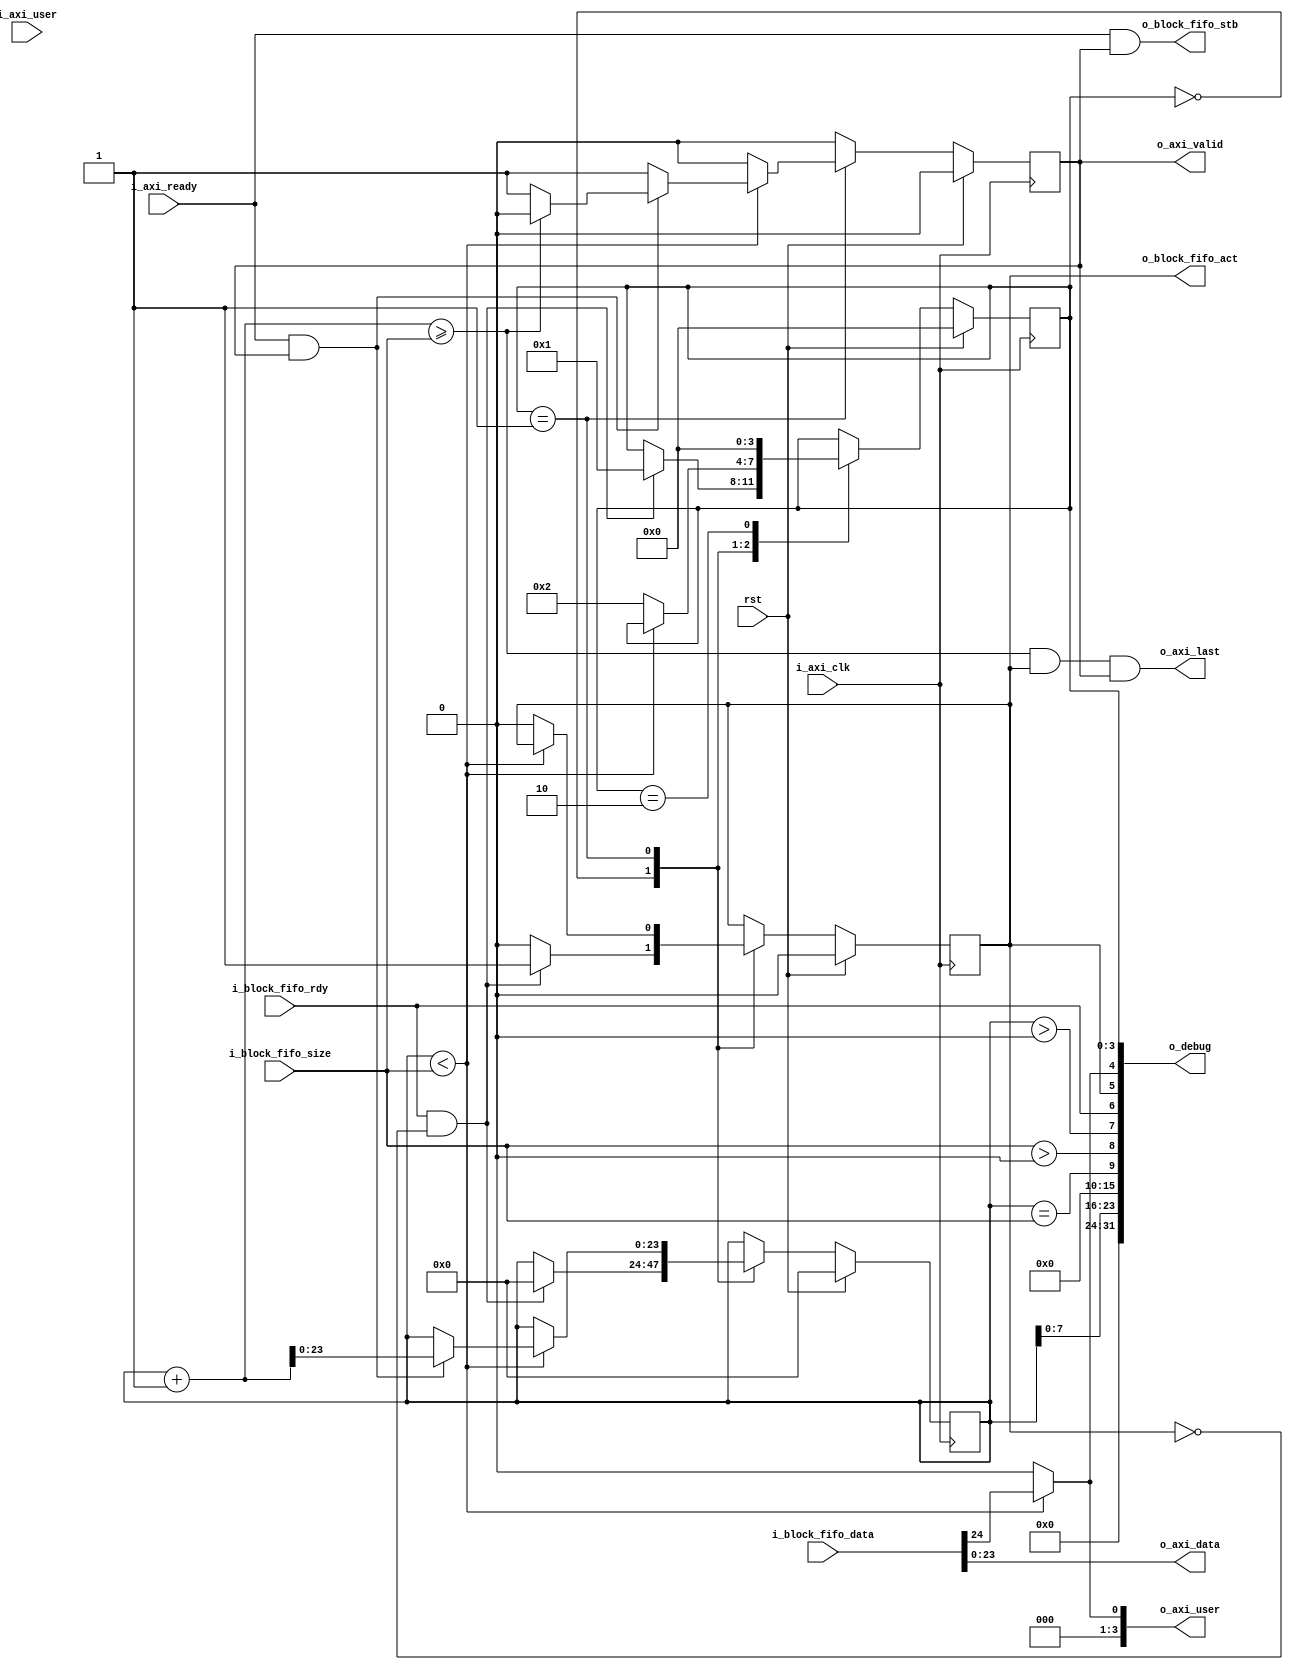
module adapter_block_fifo_2_axi_stream #(
  parameter                                     DATA_WIDTH          = 24,
  parameter                                     STROBE_WIDTH        = DATA_WIDTH / 8,
  parameter                                     USE_KEEP            = 0,
  parameter                                     USER_IN_DATA   = 1
)(
  input                                         rst,

  //Ping Poing FIFO Read Interface
  input                                         i_block_fifo_rdy,
  output  reg                                   o_block_fifo_act,
  input       [23:0]                            i_block_fifo_size,
  input       [(DATA_WIDTH + 1) - 1:0]          i_block_fifo_data,
  output                                        o_block_fifo_stb,
  input       [3:0]                             i_axi_user,

  //AXI Stream Output

  input                                         i_axi_clk,
  output      [3:0]                             o_axi_user,
  input                                         i_axi_ready,
  output      [DATA_WIDTH - 1:0]                o_axi_data,
  output                                        o_axi_last,
  output  reg                                   o_axi_valid,

  output      [31:0]                            o_debug
);

//local parameters
localparam      IDLE        = 0;
localparam      READY       = 1;
localparam      RELEASE     = 2;

//registes/wires
reg     [3:0]               state;
reg     [23:0]              r_count;

//submodules
//asynchronous logic
assign  o_axi_data      = i_block_fifo_data[DATA_WIDTH - 1: 0];
assign  o_block_fifo_stb= (i_axi_ready & o_axi_valid);

if (USER_IN_DATA) begin
  assign  o_axi_user[0]   = (r_count < i_block_fifo_size) ? i_block_fifo_data[DATA_WIDTH] : 1'b0;
  assign  o_axi_user[3:1] = 3'h0;
end
else begin
  assign  o_axi_user      = i_axi_user;
end

assign  o_axi_last      = ((r_count + 1) >= i_block_fifo_size) & o_block_fifo_act  & o_axi_valid;
//synchronous logic

assign  o_debug[3:0]    = state;
assign  o_debug[4]      = (r_count < i_block_fifo_size) ? i_block_fifo_data[DATA_WIDTH]: 1'b0;
assign  o_debug[5]      = o_block_fifo_act;
assign  o_debug[6]      = i_block_fifo_rdy;
assign  o_debug[7]      = (r_count > 0);
assign  o_debug[8]      = (i_block_fifo_size > 0);
assign  o_debug[9]      = (r_count == i_block_fifo_size);
assign  o_debug[15:10]  = 0;
assign  o_debug[23:16]  = r_count[7:0];
assign  o_debug[31:24]  = 0;

always @ (posedge i_axi_clk) begin
  o_axi_valid           <=  0;

  if (rst) begin
    state               <=  IDLE;
    o_block_fifo_act    <=  0;
    r_count             <=  0;
  end
  else begin
    case (state)
      IDLE: begin
        o_block_fifo_act    <=  0;
        if (i_block_fifo_rdy && !o_block_fifo_act) begin
          r_count       <=  0;
          o_block_fifo_act  <=  1;
          state         <=  READY;
        end
      end
      READY: begin
        if (r_count < i_block_fifo_size) begin
          o_axi_valid         <=  1;
          if (i_axi_ready && o_axi_valid) begin
            r_count         <= r_count + 1;
            if ((r_count + 1) >= i_block_fifo_size) begin
              o_axi_valid     <=  0;
            end
          end
        end
        else begin
          o_block_fifo_act  <=  0;
          state             <=  RELEASE;
        end
      end
      RELEASE: begin
        state               <=  IDLE;
      end
      default: begin
      end
    endcase
  end
end

endmodule